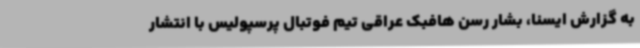
به گزارش ایسنا، بشار رسن هافبک عراقی تیم فوتبال پرسپولیس با انتشار